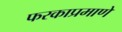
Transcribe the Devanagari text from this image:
फरकाप्रमाणे